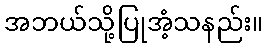
အဘယ်သို့ပြုအံ့သနည်း။